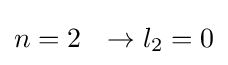
n=2\ \ \rightarrow l_{2}=0